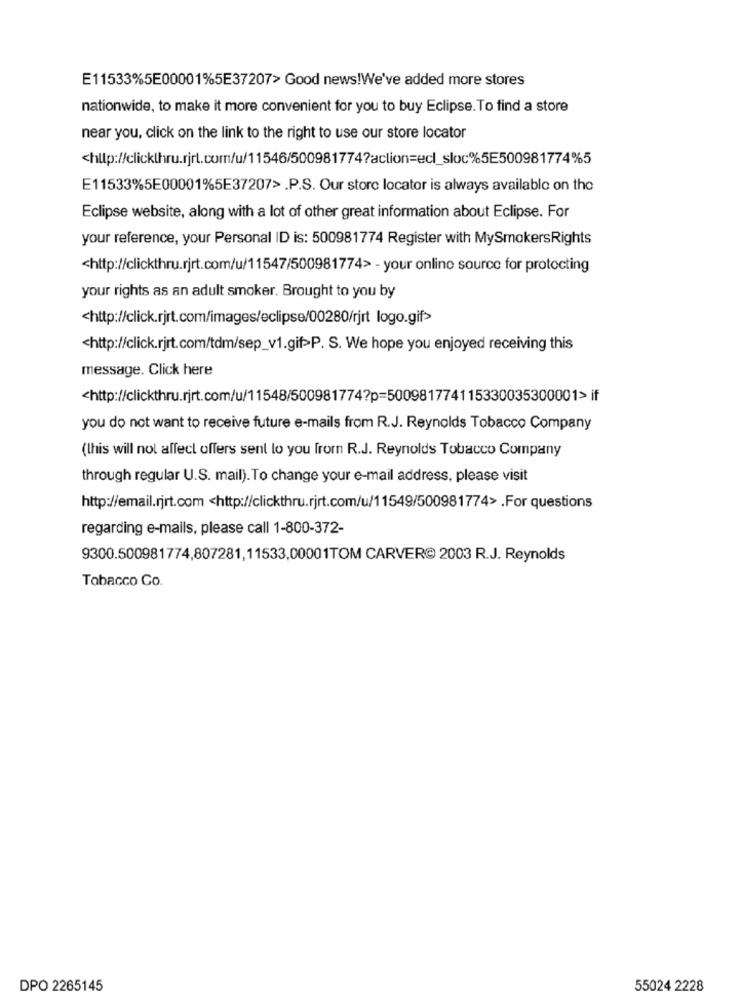
E11533%5E00001%5E37207> Good news!We've added more stores
nationwide, to make it more convenient for you to buy Eclipse. To find a store
near you, click on the link to the right to use our store locator
E11533%5E00001%5E37207> .P.S. Our store locator is always available on the
Eclipse website, along with a lot of other great information about Eclipse. For
your reference, your Personal ID is: 500981774 Register with MySmokersRights
<http://clickthru.rjrt.com/u/11547/500981774> - your online source for protecting
your rights as an adult smoker. Brought to you by
<http://click.rjrt.com/images/eclipse/00280/rjrt logo.gif>
<http://click.rjrt.com/tdm/sep_v1.gif>P. S. We hope you enjoyed receiving this
message. Click here
<http://clickthru.rjrt.com/u/11548/500981774?p=500981774115330035300001> if
you do not want to receive future e-mails from R.J. Reynolds Tobacco Company
(this will not affect offers sent to you from R.J. Reynolds Tobacco Company
through regular U.S. mail). To change your e-mail address, please visit
http://email.rjrt.com <http://clickthru.rjrt.com/u/11549/500981774> .For questions
regarding e-mails, please call 1-800-372-
9300.500981774,807281,11533,00001TOM CARVER@ 2003 R.J. Reynolds
Tobacco Co.
DPO 2265145
55024 2228